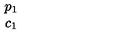
\begin{array} { c } { p _ { 1 } } \\ { c _ { 1 } } \\ \end{array}